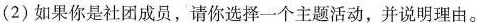
(①上海博物馆：”邂逅大师”欧洲油画艺术珍品展